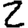
Digit: 2